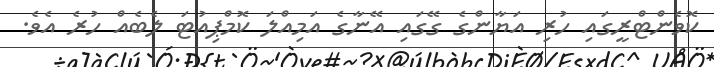
ކޮވެންޓްރީގައި ހުރި އަޔާންގެ ގޭގައި އޭނާގެ އަމިއްލަ ކޮމްޕިއުޓަ ލެބެއް ހުރެ އެވެ.